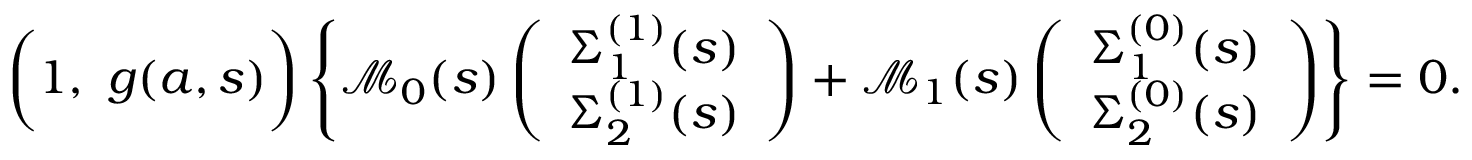
\begin{array} { r } { \bigg ( 1 , \ g ( a , s ) \bigg ) \left\{ { \mathcal M } _ { 0 } ( s ) \left( \begin{array} { c } { \Sigma _ { 1 } ^ { ( 1 ) } ( s ) } \\ { \Sigma _ { 2 } ^ { ( 1 ) } ( s ) } \end{array} \right) + { \mathcal M } _ { 1 } ( s ) \left( \begin{array} { c } { \Sigma _ { 1 } ^ { ( 0 ) } ( s ) } \\ { \Sigma _ { 2 } ^ { ( 0 ) } ( s ) } \end{array} \right) \right\} = 0 . } \end{array}